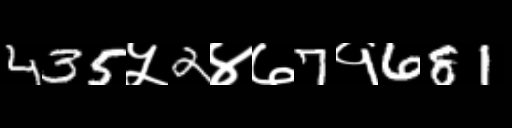
Text: 435५2४७7१681